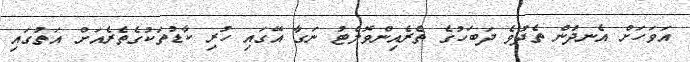
އަވަހަށް އެނދުން ތެދުވެ ދަބަހުގެ ތެރެއިންވޮލެޓު ނަގާ އޭގައި ހުރި ކާޑުތަކުގެތެރެއަށް އަތުގައި